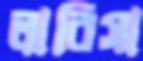
লারিসা